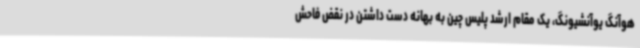
هوآنگ یوآنشیونگ، یک مقام ارشد پلیس چین به بهانه دست داشتن در نقض فاحش